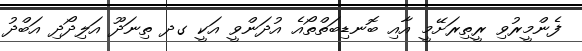
ފެންމީރުވި ރީތިރަށޭމީ އާއި ބޮނޑިބަތްތޯއެ އުދަންވީ އަކީ ގދ ތިނަދޫ އަލިދޯދި އަބްދު